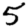
Digit: 5